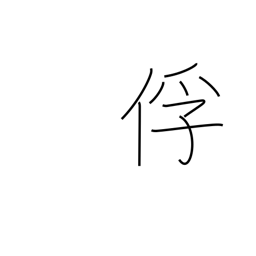
Meaning: captive